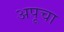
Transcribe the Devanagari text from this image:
अपूचा